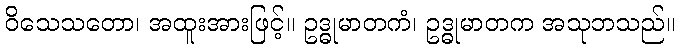
ဝိသေသတော၊ အထူးအားဖြင့်။ ဥဒ္ဓုမာတကံ၊ ဥဒ္ဓုမာတက အသုဘသည်။